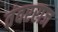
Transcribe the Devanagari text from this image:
तंवरराज